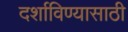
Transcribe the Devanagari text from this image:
दर्शाविण्यासाठी